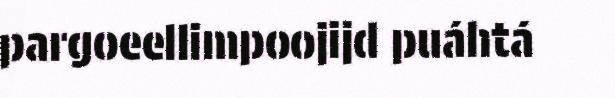
pargoeellimpoojijd puáhtá